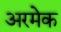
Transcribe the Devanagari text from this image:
अरमेक